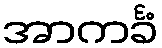
အာကင်္ခံ